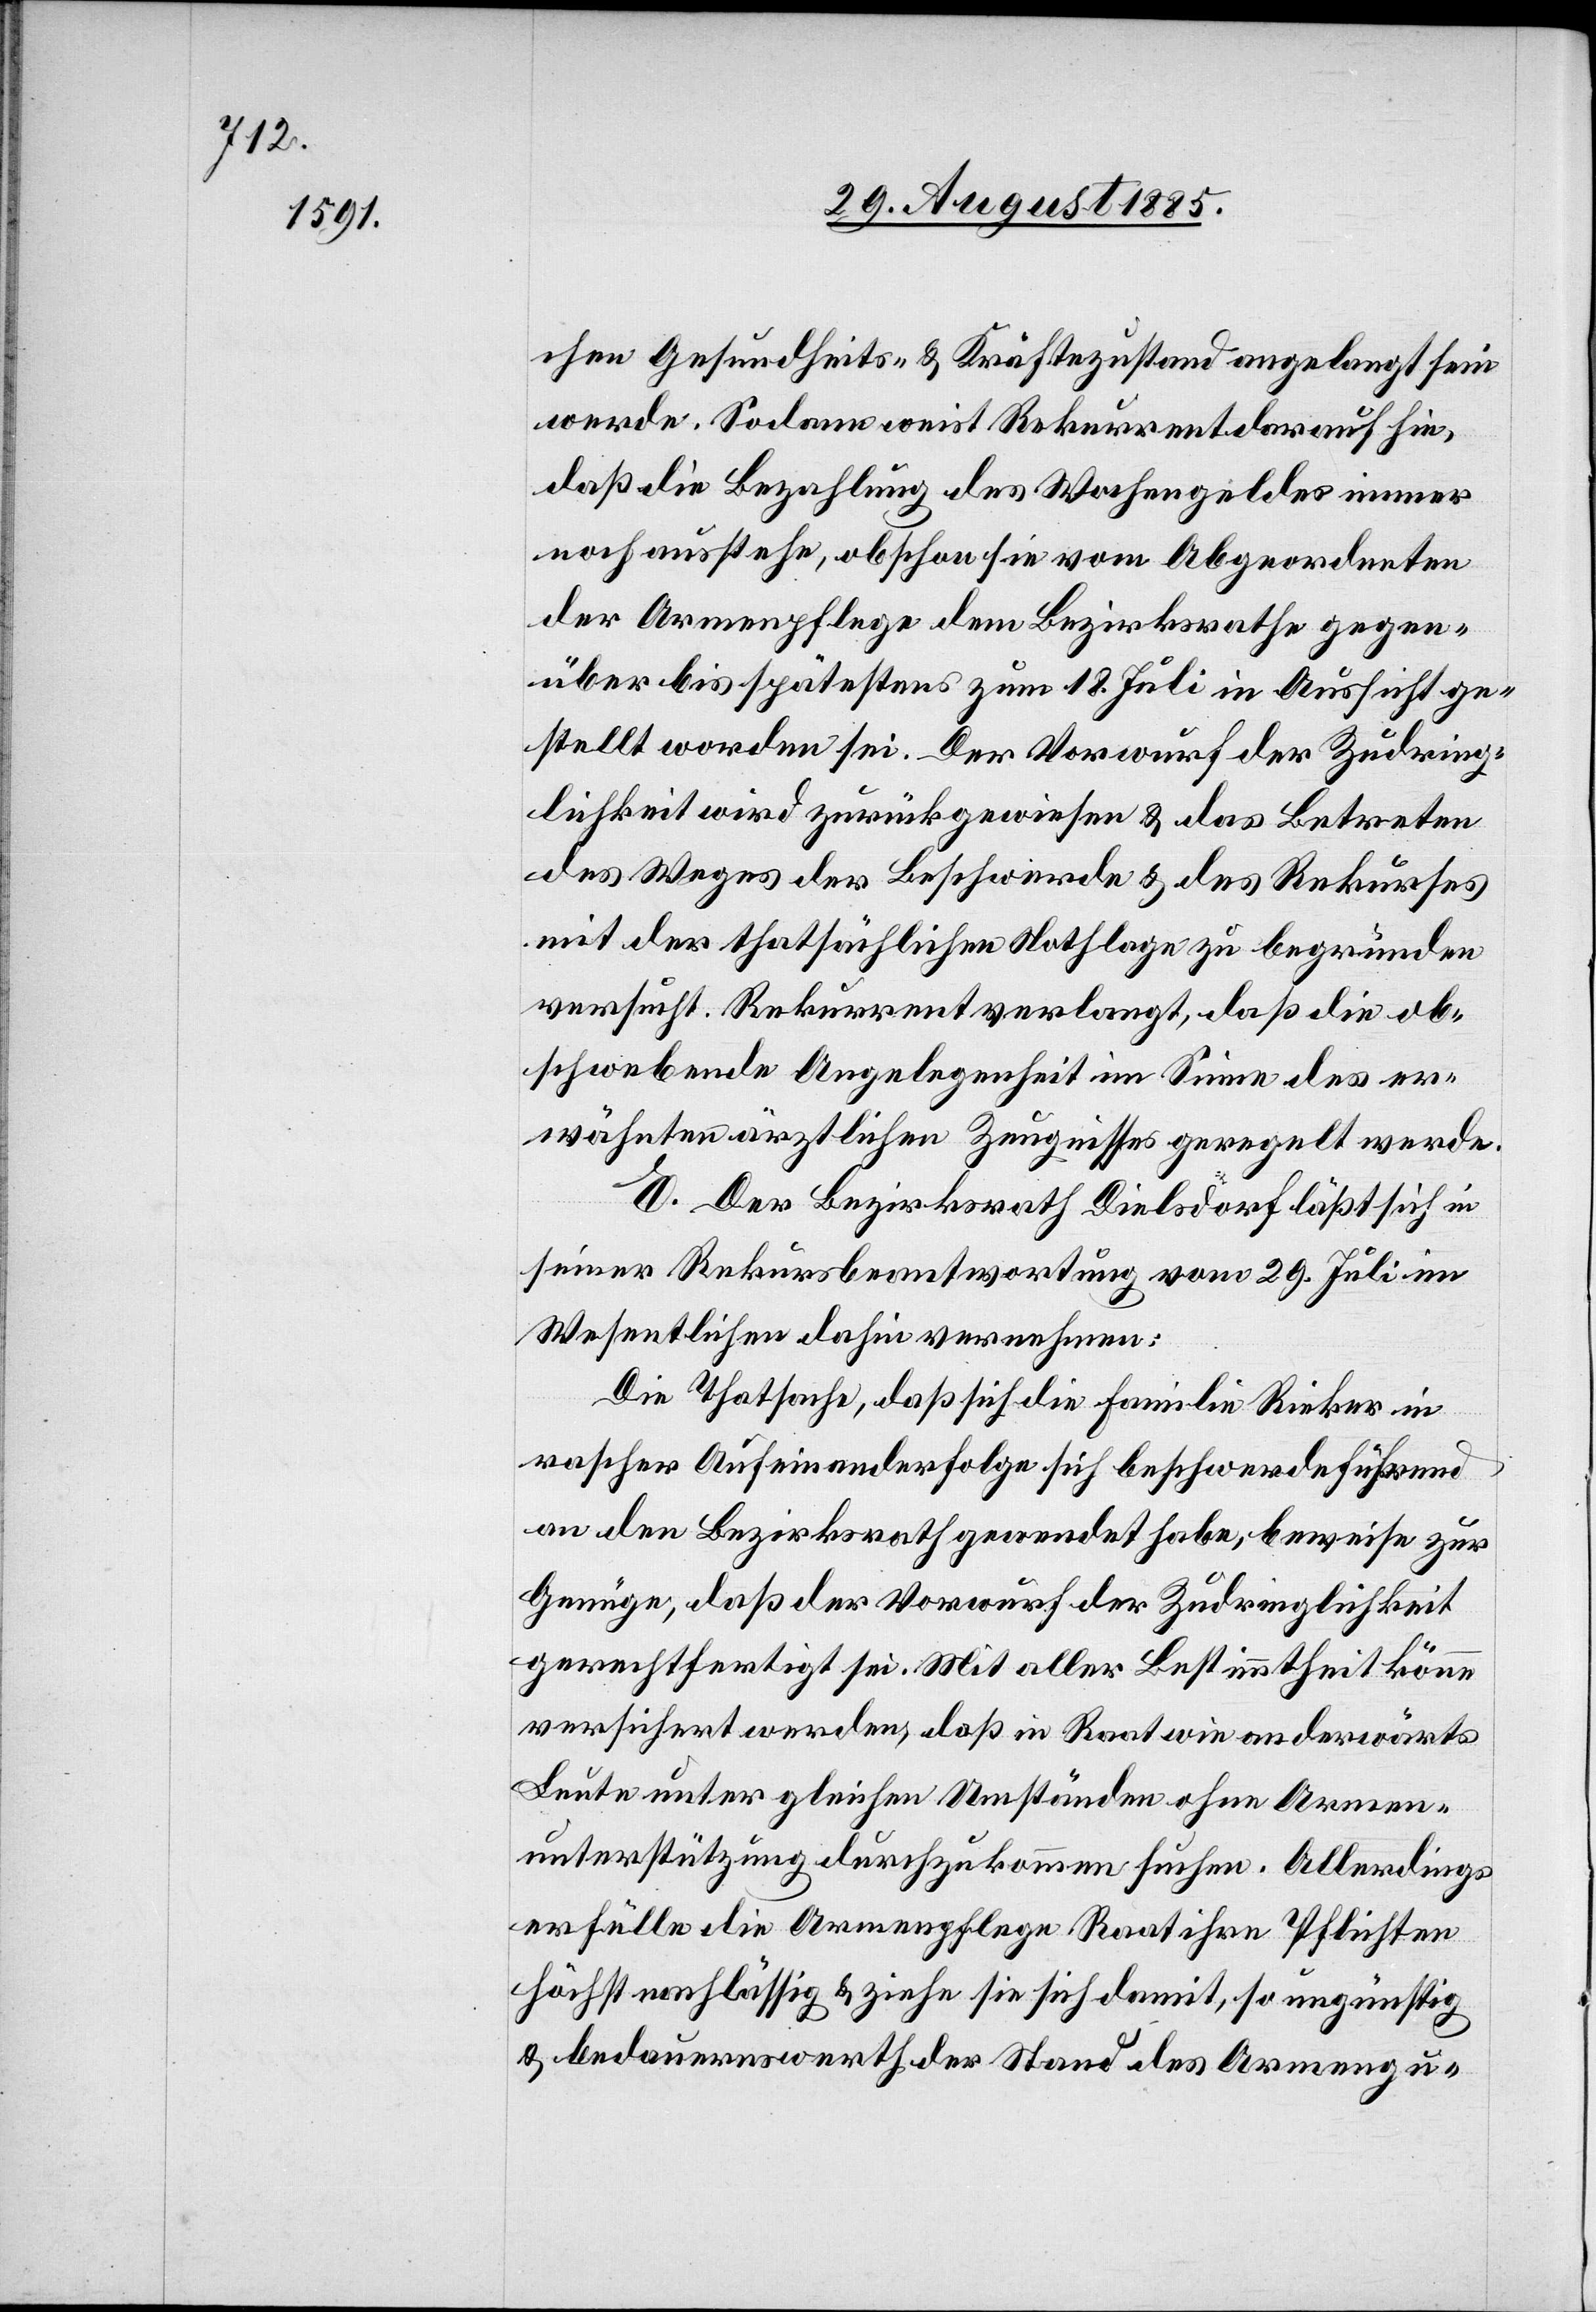
chen Gesundheits- & Kräftezustand angelangt sein
werde. Sodann weist Rekurrent darauf hin,
daß die Bezahlung des Wochengeldes immer
noch ausstehe, obschon sie vom Abgeordneten
der Armenpflege dem Bezirksrathe gegen¬
über bis spätestens zum 18. Juli in Aussicht ge¬
stellt worden sei. Der Vorwurf der Zudring¬
lichkeit wird zurückgewiesen & das Betreten
des Weges der Beschwerde & des Rekurses
mit der thatsächlichen Nothlage zu begründen
versucht. Rekurrent verlangt, daß die ob¬
schwebende Angelegenheit im Sinne des er¬
wähnten ärztlichen Zeugnisses geregelt werde.
E. Der Bezirksrath Dielsdorf läßt sich in
seiner Rekursbeantwortung vom 29. Juli im
Wesentlichen dahin vernehmen:
Die Thatsache, daß sich die Familie Rieker in
rascher Aufeinanderfolge sich beschwerdeführend
an den Bezirksrath gewendet habe, beweise zur
Genüge, daß der Vorwurf der Zudringlichkeit
gerechtfertigt sei. Mit aller Bestimmtheit könne
versichert werden, daß in Raat wie anderwärts
Leute unter gleichen Umständen ohne Armen¬
unterstützung durchzukommen suchen. Allerdings
erfülle die Armenpflege Raat ihre Pflichten
höchst nachlässig & ziehe sie sich damit, so ungünstig
& bedauernswerth der Stand des Armengu-